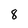
Character: 8